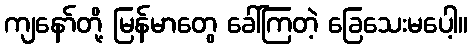
ကျနော်တို့ မြန်မာတွေ ခေါ်ကြတဲ့ ခြေသေးမပေါ့။